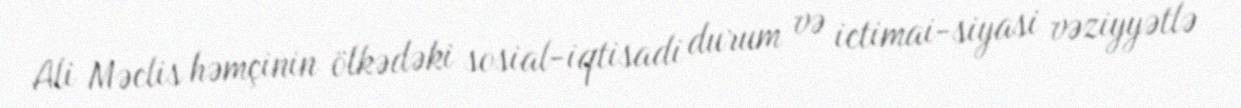
Ali Məclis həmçinin ölkədəki sosial-iqtisadi durum və ictimai-siyasi vəziyyətlə